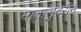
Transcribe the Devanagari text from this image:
मातासुंदरीने